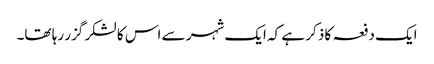
ایک دفعہ کا ذکر ہے کہ ایک شہر سے اس کا لشکر گزر رہا تھا۔